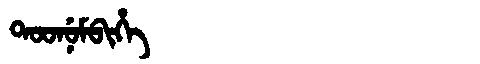
Manchu: ᡨᠣᠣᠨᡠᠮᠪᡳᡥᡝ
Romanization: TOONUMBIHE